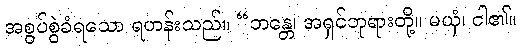
အစွပ်စွဲခံရသော ရဟန်းသည်။ “ဘန္တေ၊ အရှင်ဘုရားတို့။ မယှံ၊ ငါ၏။